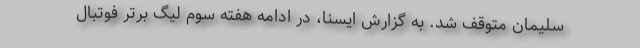
سلیمان متوقف شد. به گزارش ایسنا، در ادامه هفته سوم لیگ برتر فوتبال